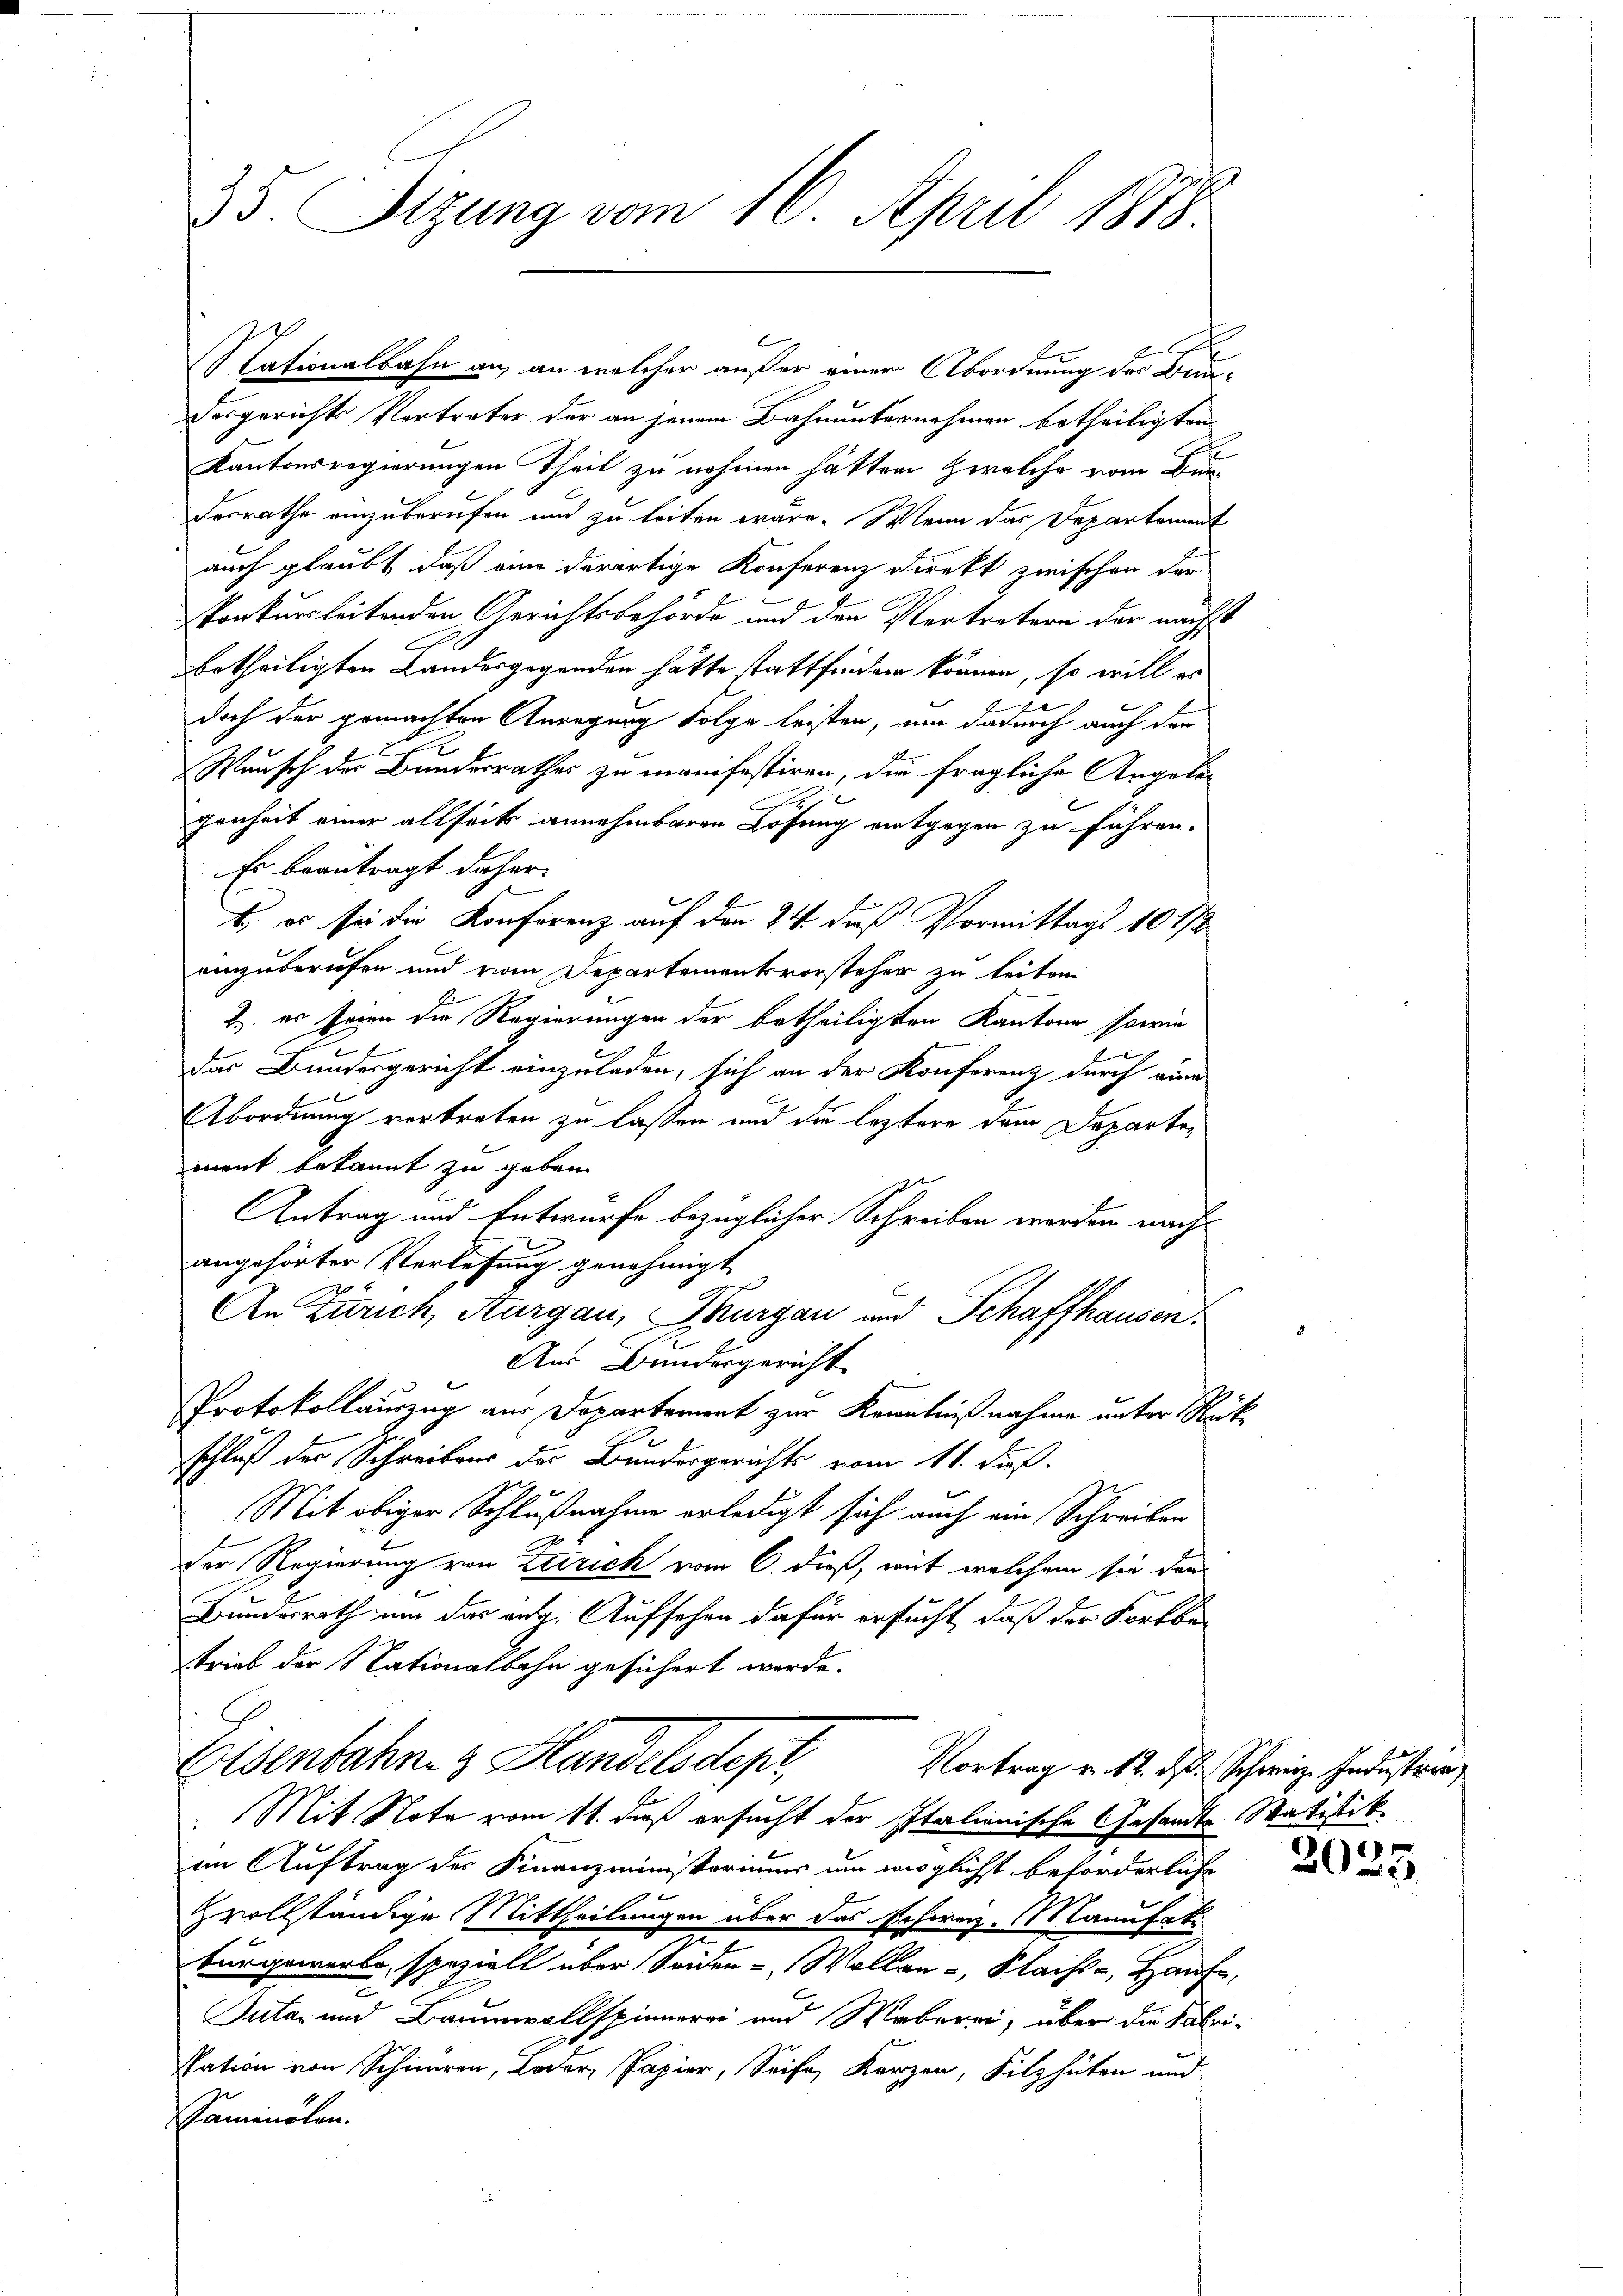
35. Sitzung vom 16. April 1813.

Dosgerichts Vertreter der an jenem Bahnunternehmen betheiligten
Kantonsregierungen Theil zu nehmen hätten Zwelche vom Bundesrathe einzuberufen und zu leiten wäre. Wenn das Departement
auch glaubt, daß eine derartige Konferenz Direkt zwischen der
konkursleitenden Gerichtsbehörde und den Vertretern der nächst
betheiligten Landesgegenden hätte stattfinden können, so will es
e
doch der gemachten Anregung Folge leisten, um dadurch auch den
Wunsch der Bundesrathes zu manifestiren, die fragliche Angele
genheit einer allseits annehmbaren Lösung entgegen zu führen.
Es beantragt daher
B. es sei die Konferenz auf den 24. daß Vormittags 10 1/2
einzuberufen und vom Departementsvorsteher zu leiten.
2. es seien die Regierungen der betheiligten Kantone sowie
das Bundesgericht einzuladen, sich an der Konferenz durch nun
Abordnung vertreten zu lassen und die leztere dem Departement bekannt zu geben.
Antrag und Entwurfe bezüglicher Schreiben werden nach
angehörter Verlesung genehmigt
An Zürich, Aargau, Thurgau und Schaffhausen.
Aus Bundergericht
Protokollauszug aus Departement zur Kenntnißnahme unter Rückschluß der Schreibens der Bundesgerichts vom 11. Fuß.
Mit obiger Schlußnahme erledigt sich auch ein Schreiben
der Regierung von Terrich vom 6. dieß, mit welchem sie den¬
Bundesrath um das auf. Aufsehen dafür ersucht, daß der Fortbe-
trieb der Nationalbahn gesichert werde.
Eisenbahn. Handelsdepr
Vortrag v. 12. d. Schweiz. Industren
Mit Note vom 11. daß ersucht der Italienische Gesandts Matistik
im Auftrag der Finanzministoriums um möglichst beförderliche
zvollständige Mittheilungen über das Schweiz. Manufat
bürgeworbe, speziell über Seiden - Wollen, Nachte, Hause,
Tuta und Baumwollspinnerei und Weberei, über die Fabrisation von Schiren, oder, Papier, Seife, Kerzen, Filzhüten und
aminolen.

C
Nationalbahn an, an welcher außer einer Abordnung der Bun¬

2025.